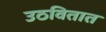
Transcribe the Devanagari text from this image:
उठवितात